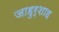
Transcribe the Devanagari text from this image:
जाहुर्शाह